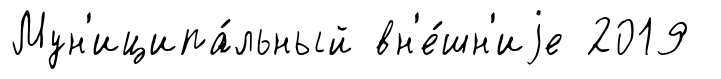
Мун'иципа́льный вн'е́шн'иjе 2019